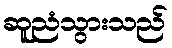
ဆူညံသွားသည်